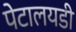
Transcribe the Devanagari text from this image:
पेटालयडी